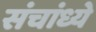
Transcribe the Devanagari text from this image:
संचांध्ये